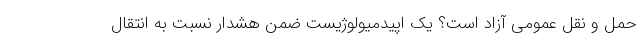
حمل ‌و نقل عمومی آزاد است؟ یک اپیدمیولوژیست ضمن هشدار نسبت به انتقال